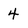
Character: 4